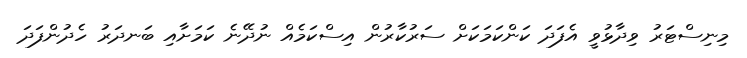
މިނިސްޓަރު ވިދާޅުވީ އެފަދަ ކަންކަމަކަށް ސަރުކާރުން އިސްކަމެއް ނުދޭނެ ކަމަށާއި ބަނދަރު ހެދުންފަދަ